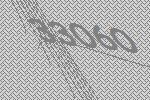
33060